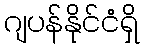
ဂျပန်နိုင်ငံရှိ